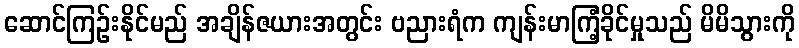
ဆောင်ကြဉ်းနိုင်မည် အချိန်ဇယားအတွင်း ဗညားရံက ကျန်းမာကြံ့ခိုင်မှုသည် မိမိသွားကို